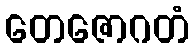
တေဇောဂတံ